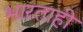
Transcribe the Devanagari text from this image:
भारताही